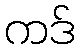
ကဒ်